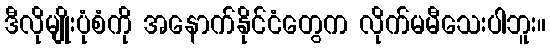
ဒီလိုမျိုးပုံစံကို အနောက်နိုင်ငံတွေက လိုက်မမီသေးပါဘူး။